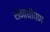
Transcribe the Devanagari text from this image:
समाधीपण